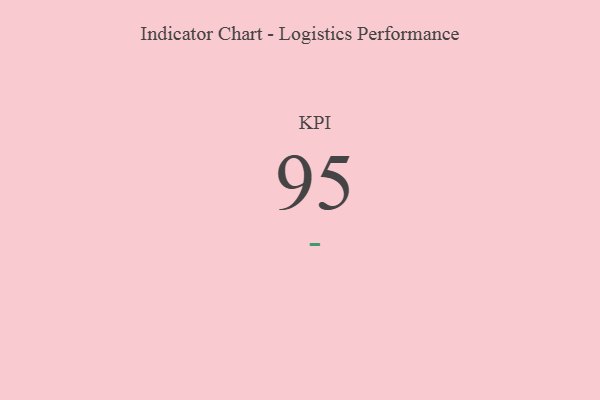
{"axis": {"x": "KPI", "y": "Value"}, "legend": [""], "data": [{"x": "KPI", "y": 95, "type": ""}]}